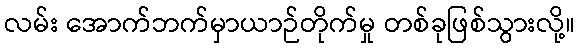
လမ်း အောက်ဘက်မှာယာဉ်တိုက်မှု တစ်ခုဖြစ်သွားလို့။